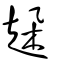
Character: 趓